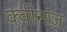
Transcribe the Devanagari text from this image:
क्वीनज़